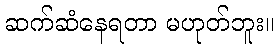
ဆက်ဆံနေရတာ မဟုတ်ဘူး။